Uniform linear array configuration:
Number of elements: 12
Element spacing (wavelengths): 1
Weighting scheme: uniform
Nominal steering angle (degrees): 45
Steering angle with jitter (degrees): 46.615
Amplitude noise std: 0.05
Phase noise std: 0.05

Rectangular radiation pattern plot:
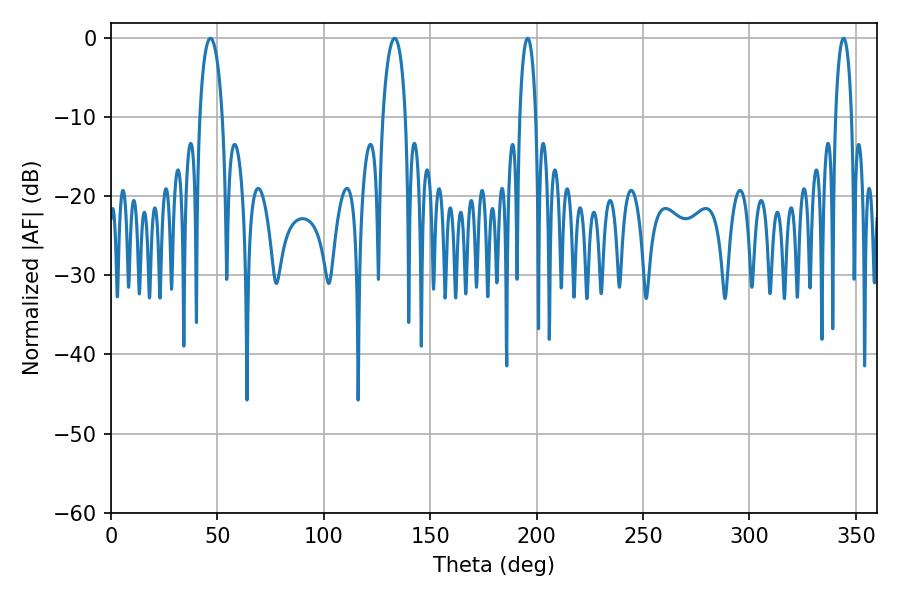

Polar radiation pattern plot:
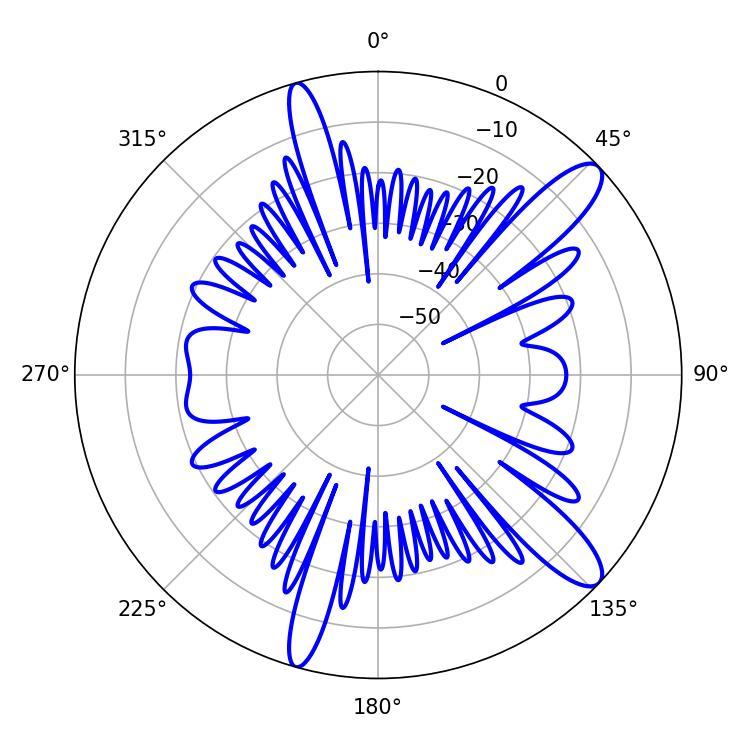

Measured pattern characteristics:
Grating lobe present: TRUE
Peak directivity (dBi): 12.089
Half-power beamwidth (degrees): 6.12
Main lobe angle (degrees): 46.8